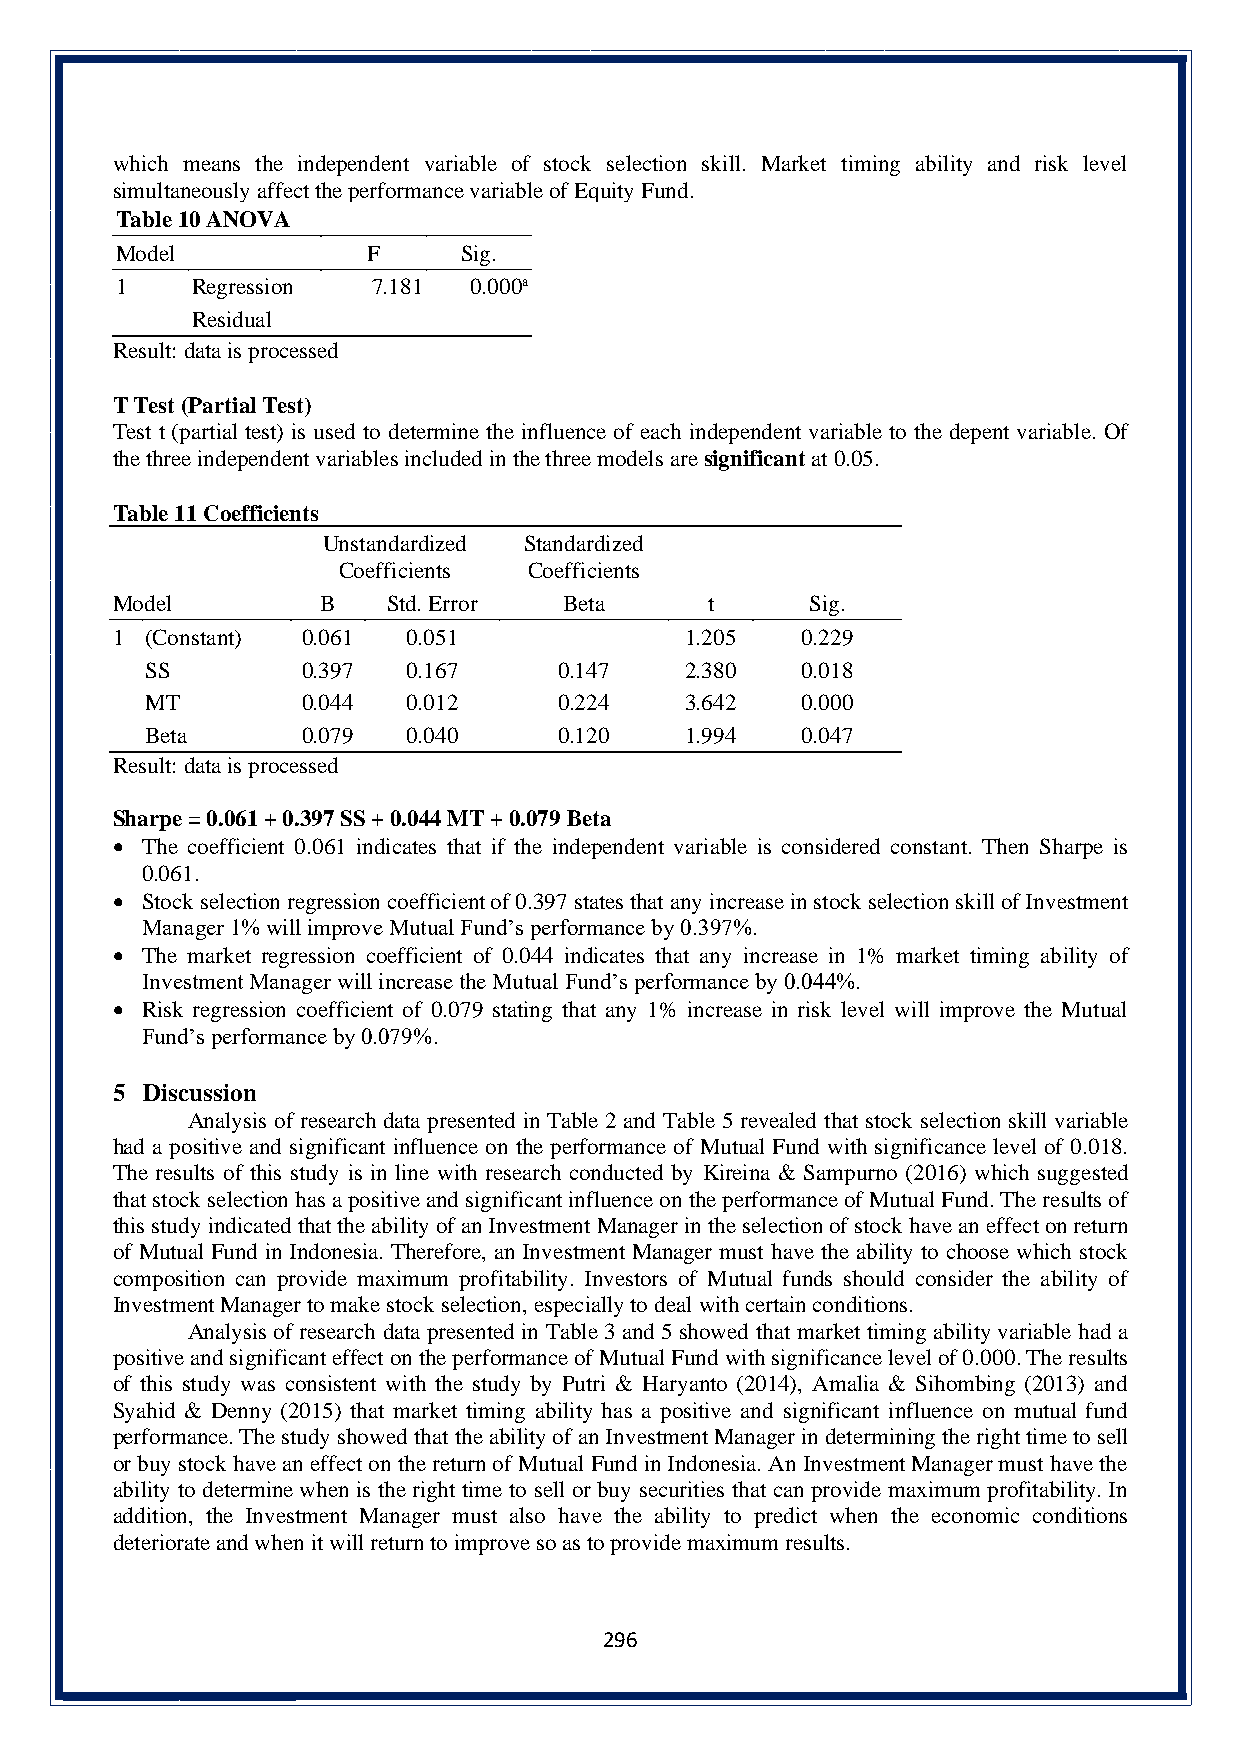
which means the independent variable of stock selection skill. Market timing ability and risk level
 simultaneously affect the performance variable of Equity Fund.
 Table 10 ANOVA
 Model           F     Sig.
 1    Regression  7.181 0.000a
 Residual
 Result: data is processed
 T Test (Partial Test)
 Test t (partial test) is used to determine the influence of each independent variable to the depent variable. Of
 the three independent variables included in the three models are significant at 0.05.
 Table 11 Coefficients
 Unstandardized Standardized
 Coefficients Coefficients
 Model         B    Std. Error Beta      t      Sig.
 1  (Constant) 0.061 0.051             1.205   0.229
 SS        0.397  0.167     0.147   2.380   0.018
 MT        0.044  0.012     0.224   3.642   0.000
 Beta      0.079  0.040     0.120   1.994   0.047
 Result: data is processed
 Sharpe = 0.061 + 0.397 SS + 0.044 MT + 0.079 Beta
 • The coefficient 0.061 indicates that if the independent variable is considered constant. Then Sharpe is
 0.061.
 • Stock selection regression coefficient of 0.397 states that any increase in stock selection skill of Investment
 Manager 1% will improve Mutual Fund’s performance by 0.397%.
 • The market regression coefficient of 0.044 indicates that any increase in 1% market timing ability of
 Investment Manager will increase the Mutual Fund’s performance by 0.044%.
 • Risk regression coefficient of 0.079 stating that any 1% increase in risk level will improve the Mutual
 Fund’s performance by 0.079%.
 5  Discussion
 Analysis of research data presented in Table 2 and Table 5 revealed that stock selection skill variable
 had a positive and significant influence on the performance of Mutual Fund with significance level of 0.018.
 The results of this study is in line with research conducted by Kireina & Sampurno (2016) which suggested
 that stock selection has a positive and significant influence on the performance of Mutual Fund. The results of
 this study indicated that the ability of an Investment Manager in the selection of stock have an effect on return
 of Mutual Fund in Indonesia. Therefore, an Investment Manager must have the ability to choose which stock
 composition can provide maximum profitability. Investors of Mutual funds should consider the ability of
 Investment Manager to make stock selection, especially to deal with certain conditions.
 Analysis of research data presented in Table 3 and 5 showed that market timing ability variable had a
 positive and significant effect on the performance of Mutual Fund with significance level of 0.000. The results
 of this study was consistent with the study by Putri & Haryanto (2014), Amalia & Sihombing (2013) and
 Syahid & Denny (2015) that market timing ability has a positive and significant influence on mutual fund
 performance. The study showed that the ability of an Investment Manager in determining the right time to sell
 or buy stock have an effect on the return of Mutual Fund in Indonesia. An Investment Manager must have the
 ability to determine when is the right time to sell or buy securities that can provide maximum profitability. In
 addition, the Investment Manager must also have the ability to predict when the economic conditions
 deteriorate and when it will return to improve so as to provide maximum results.
 296